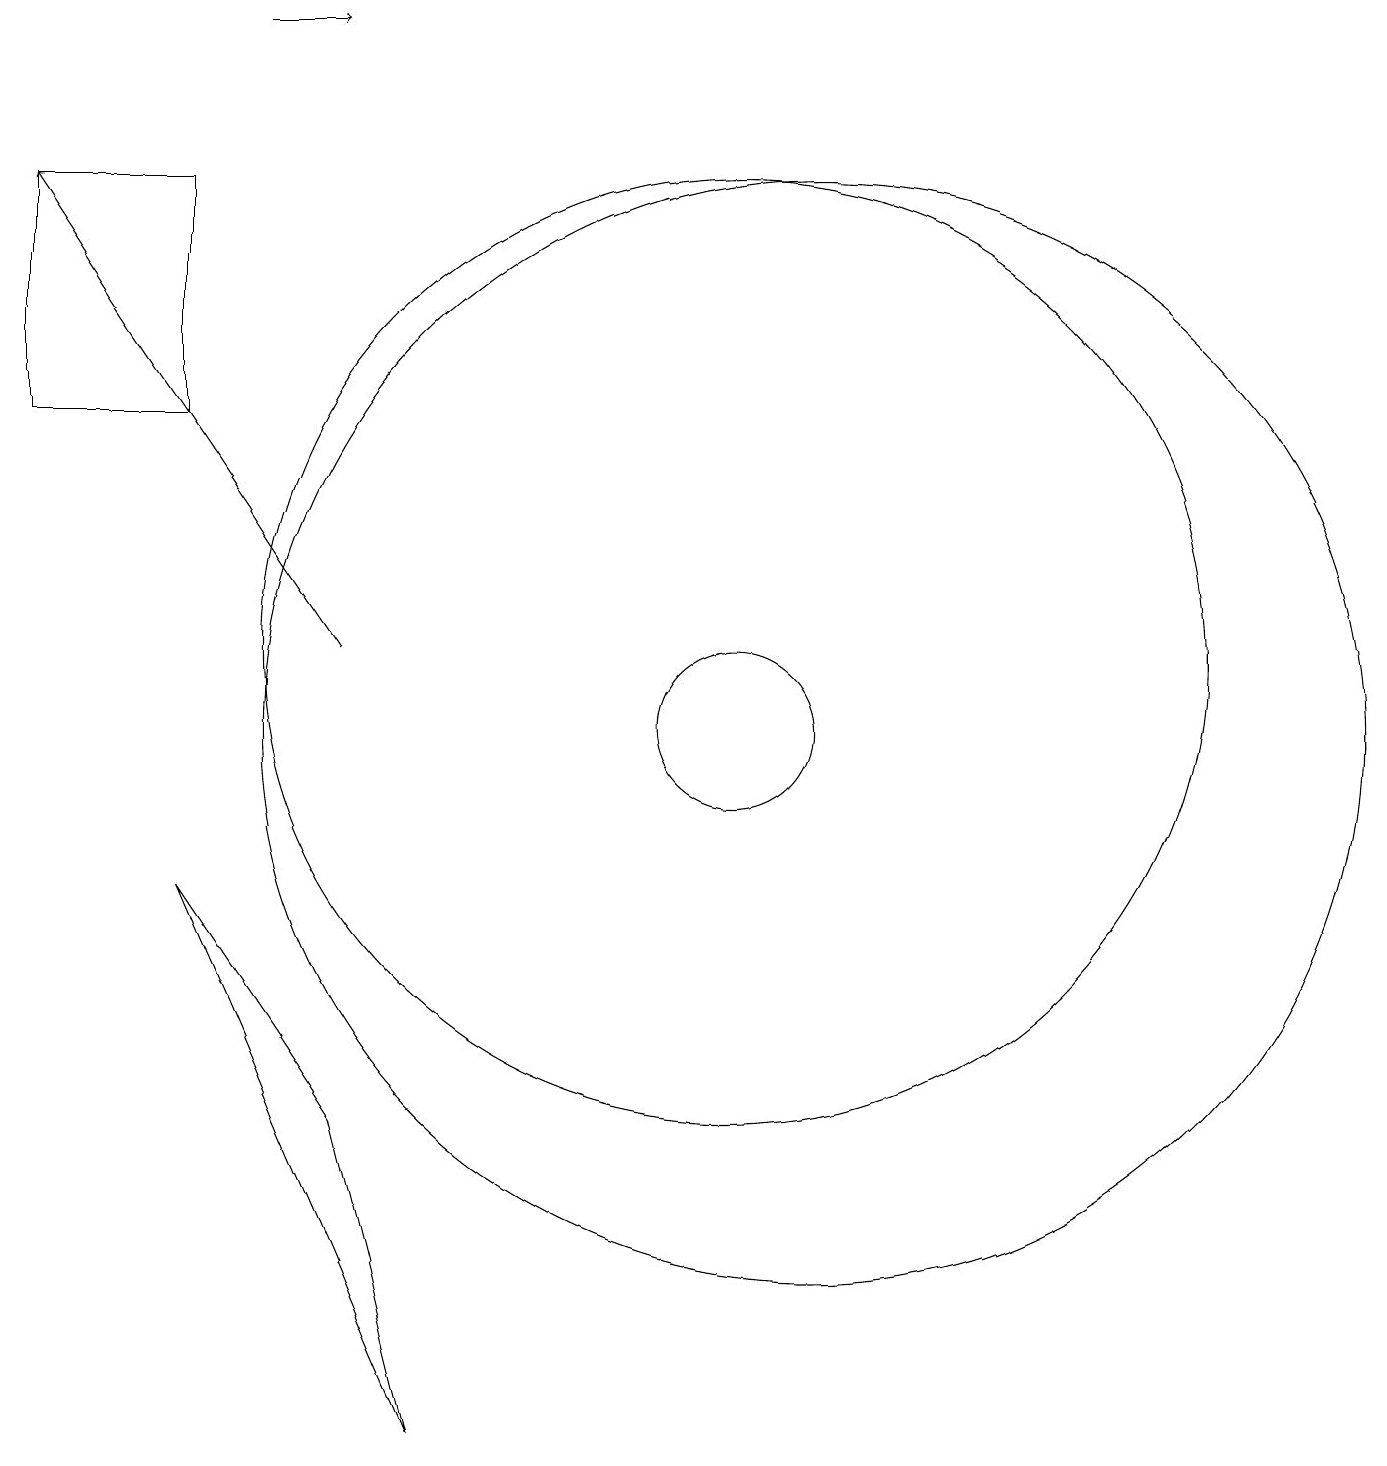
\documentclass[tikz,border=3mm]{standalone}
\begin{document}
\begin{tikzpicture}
\draw (10,10) circle (1);
\draw (3,8) -- (5,5) -- (6,1) -- cycle;
\draw (1,17) rectangle (3,14);
\draw[->] (4,19) -- (5,19);
\draw (11,10) circle (7);
\draw[->] (5,11) -- (1,17);
\draw (10,11) circle (6);
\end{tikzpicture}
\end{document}